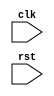
module sequential_logic_block (
    input wire clk,
    input wire rst,
    // Other input and output ports here
);

reg [1:0] state;
// Other internal signals here

always @(posedge clk or negedge rst) begin
    if (~rst) begin
        // Reset logic here
    end else begin
        // Sequential logic operations here
    end
end

// Other logic here

endmodule